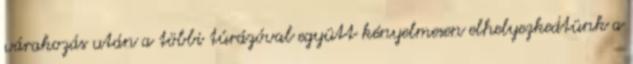
várakozás után a többi túrázóval együtt kényelmesen elhelyezkedtünk a